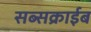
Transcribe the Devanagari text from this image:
सब्सक्राईब